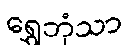
ရွှေဘုံသာ